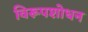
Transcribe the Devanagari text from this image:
विरूपशोधन